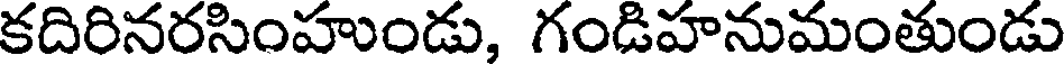
కదిరినరసింహుండు, గండిహనుమంతుండు